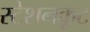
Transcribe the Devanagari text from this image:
स्टेशनकूट